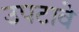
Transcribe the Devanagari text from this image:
उपटावे